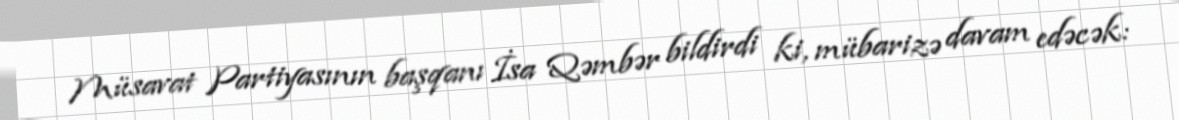
Müsavat Partiyasının başqanı İsa Qəmbər bildirdi ki, mübarizə davam edəcək: